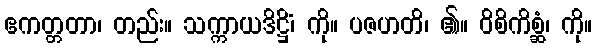
ဧကတ္တတာ၊ တည်း။ သက္ကာယဒိဋ္ဌိံ၊ ကို။ ပဇဟတိ၊ ၏။ ဝိစိကိစ္ဆံ၊ ကို။